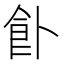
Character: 𩚅